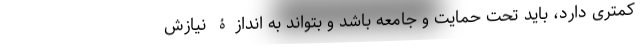
کمتری دارد، باید تحت حمایت و جامعه باشد و بتواند به اندازۀ نیازش